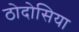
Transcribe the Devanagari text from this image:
ठोदोसिया